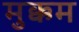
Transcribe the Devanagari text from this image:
मुक्कम